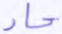
حاد